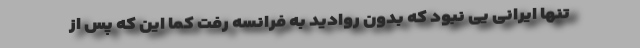
تنها ایرانی یی نبود که بدون روادید به فرانسه رفت کما این که پس از